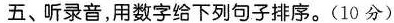
五、听录音,用数字给下列句子排序.(10 分)